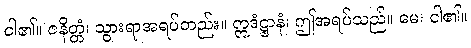
ငါ၏။ ဇနိတ္တံ၊ သွားရာအရပ်တည်း။ ဣဒံဋ္ဌာနံ၊ ဤအရပ်သည်။ မေ၊ ငါ၏။